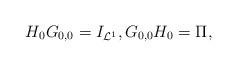
LaTeX: \begin{align*}H_0G_{0,0}=I_{\mathcal L^1},G_{0,0}H_0=\Pi,\end{align*}